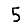
Digit: 5